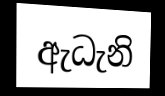
ඇධැනි